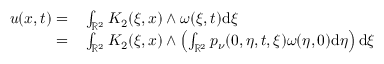
\begin{array} { r l } { u ( x , t ) = } & { { } \int _ { \mathbb { R } ^ { 2 } } K _ { 2 } ( \xi , x ) \wedge \omega ( \xi , t ) \mathrm { d } \xi } \\ { = } & { { } \int _ { \mathbb { R } ^ { 2 } } K _ { 2 } ( \xi , x ) \wedge \left( \int _ { \mathbb { R } ^ { 2 } } p _ { \nu } ( 0 , \eta , t , \xi ) \omega ( \eta , 0 ) \mathrm { d } \eta \right) \mathrm { d } \xi } \end{array}